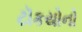
ટૉકયોનો